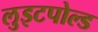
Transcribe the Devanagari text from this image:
लुइटपोल्ड